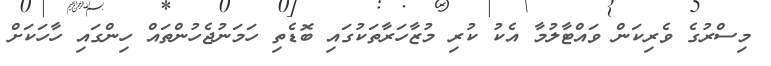
މިސްރުގެ ވެރިކަން ވައްޓާލުމާ އެކު ކުރި މުޒާހަރާތަކުގައި ބޮޑެތި ހަމަނުޖެހުންތައް ހިންގައި ހާހަކަށް